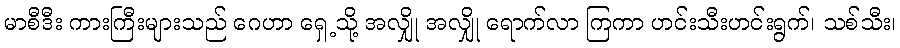
မာစီဒီး ကားကြီးများသည် ဂေဟာ ရှေ့သို့ အလျှို အလျှို ရောက်လာ ကြကာ ဟင်းသီးဟင်းရွက်၊ သစ်သီး၊